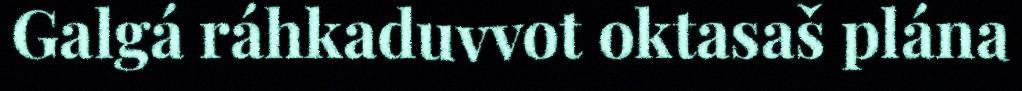
Galgá ráhkaduvvot oktasaš plána